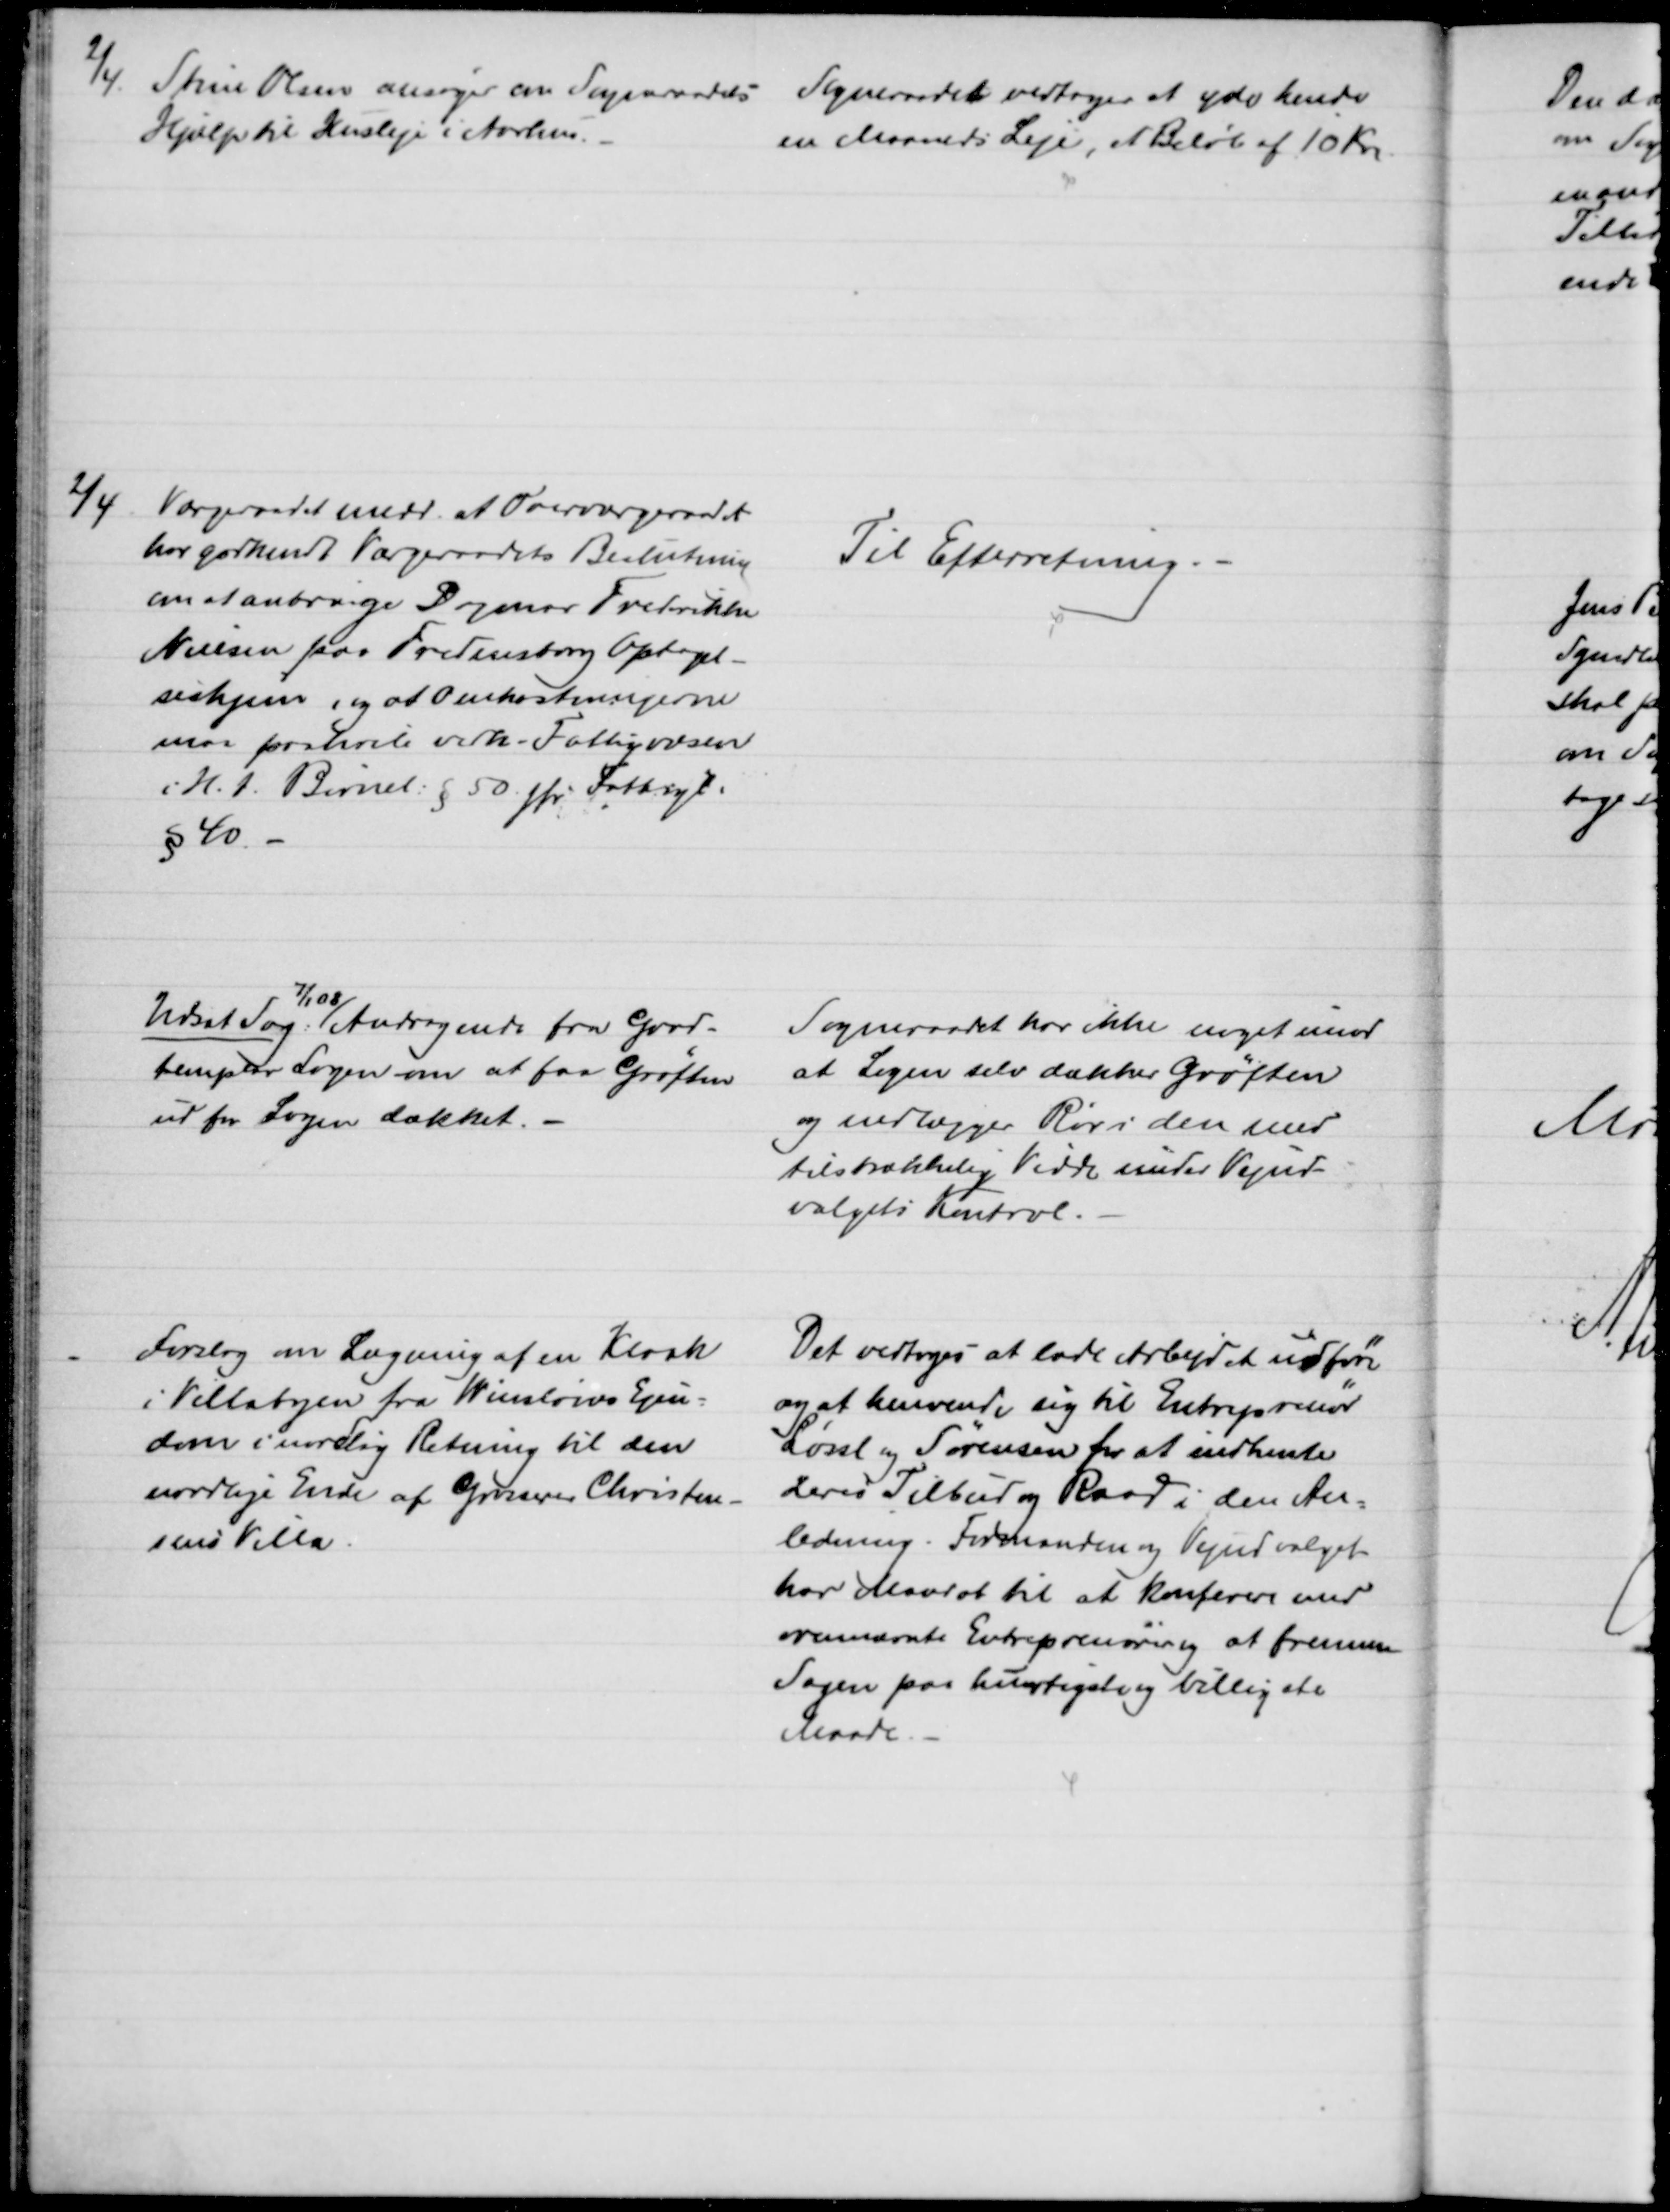
Transskription:
2/4 Stine Olsen ansøger om Sogneraadets 
Hjælp til Husleje i Aarhus.
Sogneraadet vedtager at yde hende
en Maaneds Leje, et Beløb af 10 Kr.
2/4 Værgeraadet medd. at Overværgeraadet
har godkendt Værgeraadets Beslutning
om at anbringe Dagmar Frederikke
Nielsen paa Fredensborg Optagel-
seshjem, og at Omkostningerne
maa paahvile vedk. Fattigvæsen
i H. t. Børnel. § 50. jfr. Fattigl.
§ 40
Til Efterretning.
Udsat Sag:
7/1 08
Andragende fra Good-
templar Logen om at faa Grøften
ud for Logen dækket.
Sogneraadet har ikke noget imod
at Logen selv dækker Grøften
og nedlægger Rør i den med
tilstrækkelig Vidde under Vejud-
valgets Kontrol.
Forslag om Lægning af en Kloak
i Villabyen fra Winsløvs Ejen-
dom i nordlig Retning til den
nordlige Ende af Grosserer Christen-
sens Villa.
Det vedtoges at lade Arbejdet udføre
og at henvende sig til Entreprenør
Løssl og Sørensen for at indhente
deres Tilbud og Raad i den An-
ledning. Formanden og Vejudvalget
har Mandat til at konferere med
ovennævnte Entreprenører og at fremme
Sagen paa hurtigste og billigste
Maade.